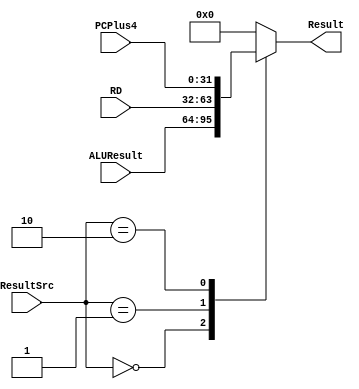
// Design of Multiplexer for ResultSrc
  
module MUX_for_ResultSrc(
input [31:0] ALUResult,
input [31:0] RD,
input [31:0] PCPlus4,
input [1:0] ResultSrc,
output reg [31:0] Result
    );
    always @(*) begin
        case (ResultSrc)
            2'b00: Result = ALUResult; // Select ALUResult
            2'b01: Result = RD;        // Select RD
            2'b10: Result = PCPlus4;   // Select PCPlus4
            default: Result = 32'b0;   // Default case (can be defined as needed)
        endcase
    end
endmodule